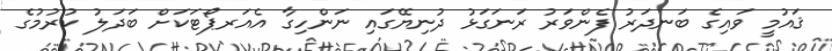
ޤައުމީ ވައިގެ ބަނދަރު ފެންވަރު ރަނަގަޅު ދުނިޔޭގައި ނަންހިގާ އެއަރޕޯޓަކަށް ބަދަލު ކުރުމުގެ